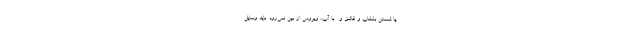
یا شستن بشقاب و قاشق و... با آب، ویروس از بین نمی‌رود. باید وسایل